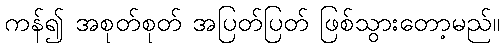
ကန်၍ အစုတ်စုတ် အပြတ်ပြတ် ဖြစ်သွားတော့မည်။